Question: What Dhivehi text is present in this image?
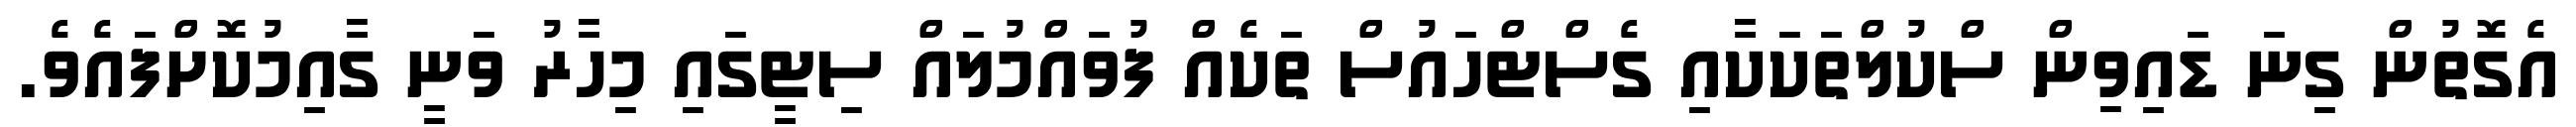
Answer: އެގޮތުން ގިނަ ޑައިވިން ސްކުލްތަކަކާއި ގެސްޓްހައުސް ތަކެއް ފުވައްމުލައް ސިޓީގައި މިހާރު ވަނީ ގާއިމުކޮށްފައެވެ.